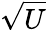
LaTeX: \sqrt{U}